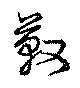
靫